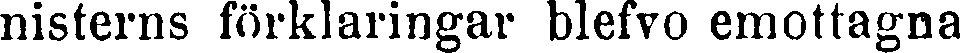
nisterns förklaringar blefvo emottagna